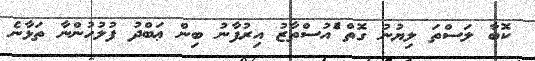
ކޮބާ ލަސްތަ ލިޔުނު ގޮތް ެުއުސްތާޒު އިރުފާނު ބިން ޢަބްދު ފުލުހުންނާ ތަޅާނެ